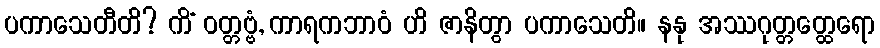
ပကာသေတီတိ? ကိံ ဝတ္တဗ္ဗံ, ကာရကဘာဝံ ဟိ ဇာနိတွာ ပကာသေတိ။ နနု အဿဂုတ္တတ္ထေရော